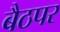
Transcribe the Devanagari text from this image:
बैठपर